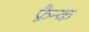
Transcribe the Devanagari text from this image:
फ़्रैन्क